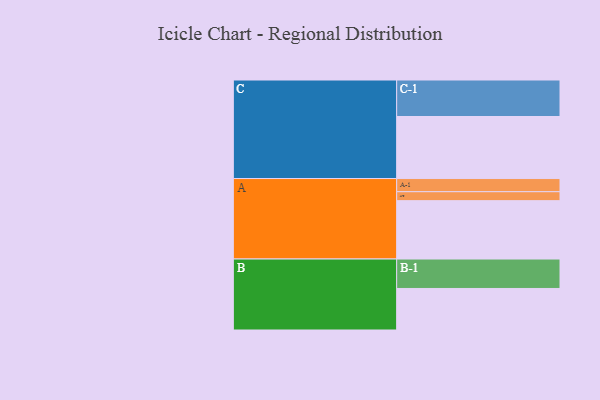
{"axis": {"x": "Segment", "y": "Value"}, "legend": ["", "A", "B", "C"], "data": [{"x": "A", "y": 430, "type": ""}, {"x": "B", "y": 306, "type": ""}, {"x": "C", "y": 457, "type": ""}, {"x": "A-1", "y": 97, "type": "A"}, {"x": "A-2", "y": 66, "type": "A"}, {"x": "B-1", "y": 217, "type": "B"}, {"x": "C-1", "y": 269, "type": "C"}]}